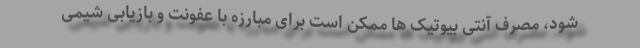
شود، مصرف آنتی بیوتیک ها ممکن است برای مبارزه با عفونت و بازیابی شیمی